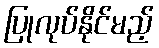
ပြုလုပ်နိုင်မည့်